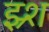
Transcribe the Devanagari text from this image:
झ्र्श